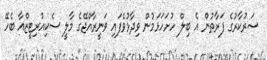
ސަރުކާރުގެ ފަރާތުން އެ ބިލް ހުށަހަޅަމުން ވިދާޅުވެފައި ވަނީރާއްޖޭގެ މާލީ ސެކިއުރިޓީޒްއާ ބެހޭ